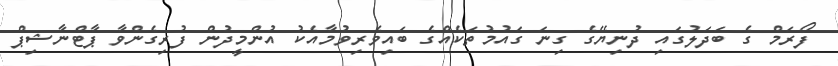
ފޯރަމް ގެ ބަދަލުގައި ދުނިޔޭގެ ގިނަ ގައުމުތަކެއްގެ ބައިވެރިވުމާއެކު އުންމީދުން ފުރިގެންވާ ޕާޓްނާޝިޕް